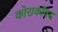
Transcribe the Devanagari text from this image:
कोराकॉयड